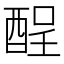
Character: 酲